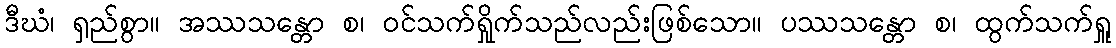
ဒီဃံ၊ ရှည်စွာ။ အဿသန္တော စ၊ ဝင်သက်ရှိုက်သည်လည်းဖြစ်သော။ ပဿသန္တော စ၊ ထွက်သက်ရှူ